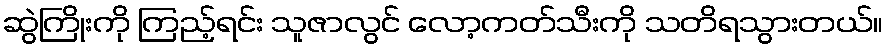
ဆွဲကြိုးကို ကြည့်ရင်း သူဇာလွင် လော့ကတ်သီးကို သတိရသွားတယ်။